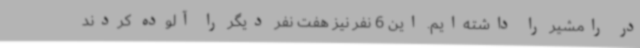
در رامشیر را داشته‌ایم. این 6 نفر نیز هفت نفر دیگر را آلوده کردند